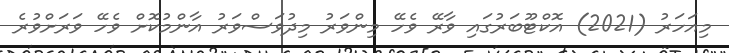
މިއަހަރު (2021) އޮކްޓޫބަރުގައި ވާރޭ ވެހޭ މިންވަރު މިދުވަސްވަރު އާންމުކޮށް ވެހޭ ވަރަށްވުރެ